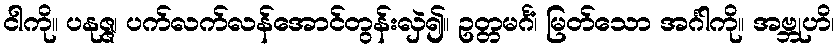
ငါကို။ ပနုဇ္ဇ၊ ပက်လက်လန်အောင်တွန်းလှဲ၍။ ဥတ္တမင်္ဂံ၊ မြတ်သော အင်္ဂါကို။ အဗ္ဘုဟိ၊